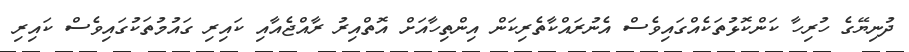
ދުނިޔޭގެ ހުރިހާ ކަންކޮޅުތަކެއްގައިވެސް އެނުރައްކާތެރިކަން އިންތިހާއަށް އޮތްއިރު ރާއްޖެއާއި ކައިރި ގައުމުތަކުގައިވެސް ކައިރި